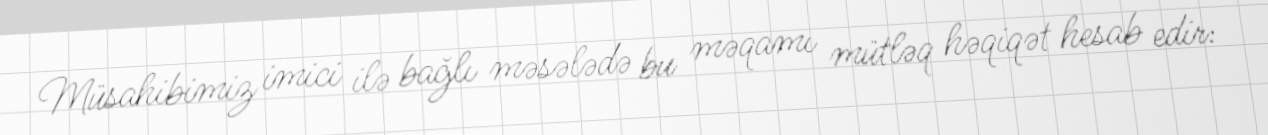
Müsahibimiz imici ilə bağlı məsələdə bu məqamı mütləq həqiqət hesab edir: